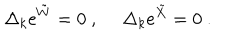
\Delta _ { k } \mathrm { e } ^ { { \tilde { W } } } = 0 ~ , ~ \quad \Delta _ { k } \mathrm { e } ^ { { \tilde { X } } } = 0 ~ .